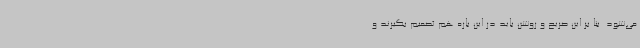
می‌شود. بنا بر این صریح و روشن باید در این باره هم تصمیم بگیرند و